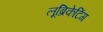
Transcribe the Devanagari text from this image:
लूब्रिकेटिंग